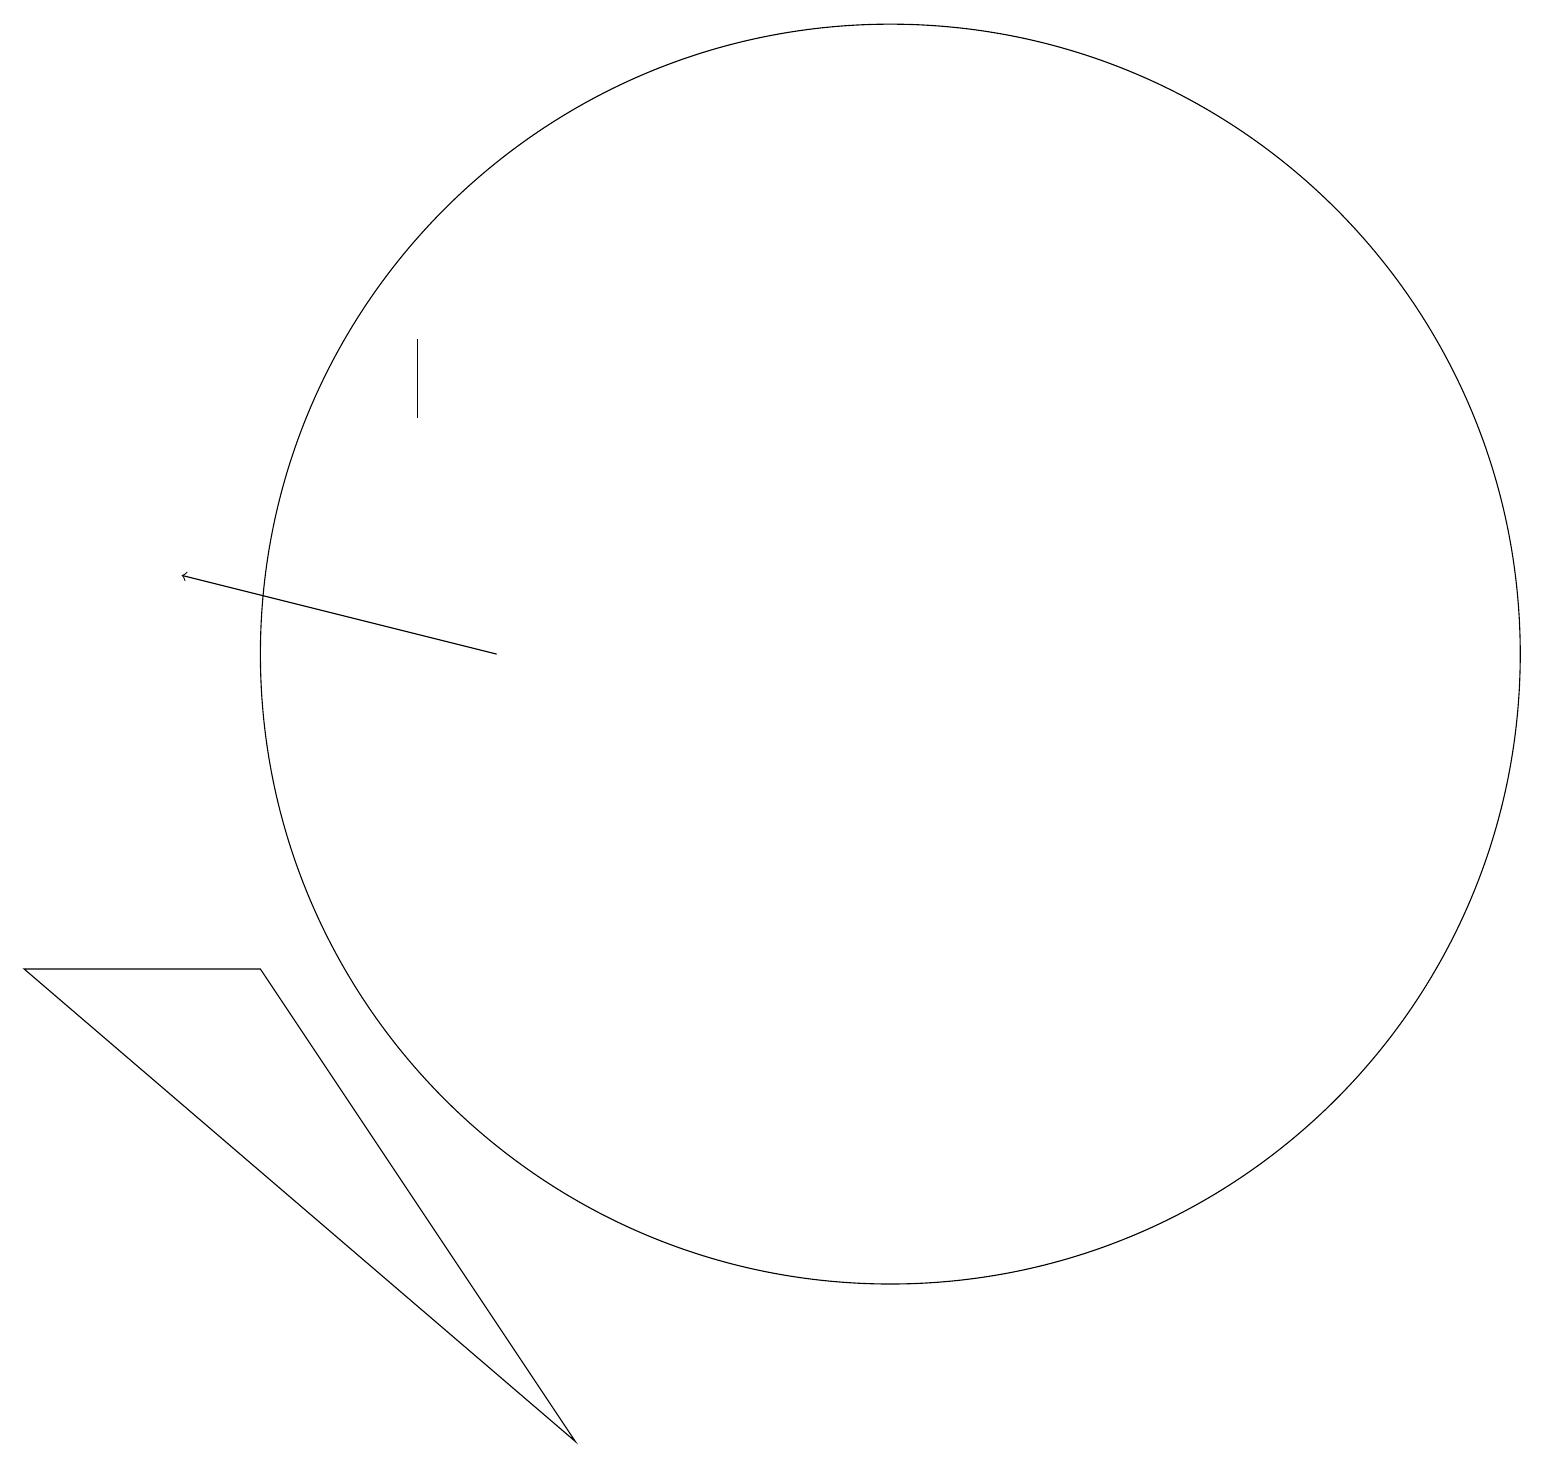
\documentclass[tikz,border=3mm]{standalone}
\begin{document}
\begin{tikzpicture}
\draw (12,10) circle (8);
\draw (4,6) -- (8,0) -- (1,6) -- cycle;
\draw (6,14) rectangle (6,13);
\draw[->] (7,10) -- (3,11);
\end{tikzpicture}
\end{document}